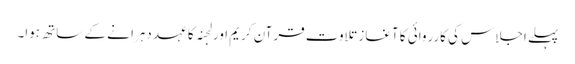
پہلے اجلاس کی کارروائی کا آغاز تلاوت ِقرآن کریم اور لجنہ کا عہد دہرا نے کے ساتھ ہوا۔